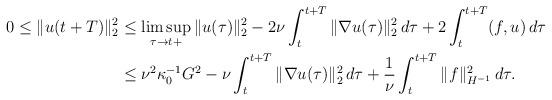
LaTeX: \begin{align*}0\leq\|u(t+T)\|_2^2 &\leq \limsup_{\tau \to t+}\|u(\tau)\|_2^2 - 2\nu\int_{t}^{t+T} \|\nabla u(\tau)\|_2^2\, d\tau + 2\int_{t}^{t+T} (f,u)\, d\tau\\&\leq \nu^2 \kappa_0^{-1} G^2 - \nu\int_{t}^{t+T} \|\nabla u(\tau)\|_2^2\, d\tau + \frac{1}{\nu}\int_{t}^{t+T} \|f\|_{H^{-1}}^2\, d\tau.\\\end{align*}